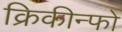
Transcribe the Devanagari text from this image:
क्रिकीन्फो